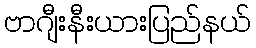
ဗာဂျီးနီးယားပြည်နယ်